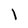
Character: 1